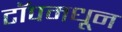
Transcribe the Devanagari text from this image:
टॉपमधून